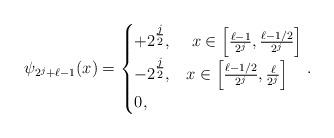
LaTeX: \begin{align*} \psi_{2^{j}+\ell -1}(x) = \begin{cases} +2^{\tfrac{j}{2}}, & ~ x \in \left[\frac{\ell-1}{2^j}, \frac{\ell-1/2}{2^j}\right] \\ -2^{\tfrac{j}{2}}, & x \in \left[\frac{\ell-1/2}{2^j}, \frac{\ell}{2^j}\right] \\ 0, & \end{cases}.\end{align*}